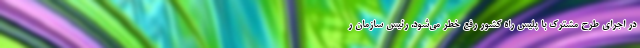
در اجرای طرح مشترک با پلیس راه کشور رفع خطر می‌شود. رئیس سازمان ر